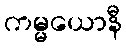
ကမ္မယောနီ